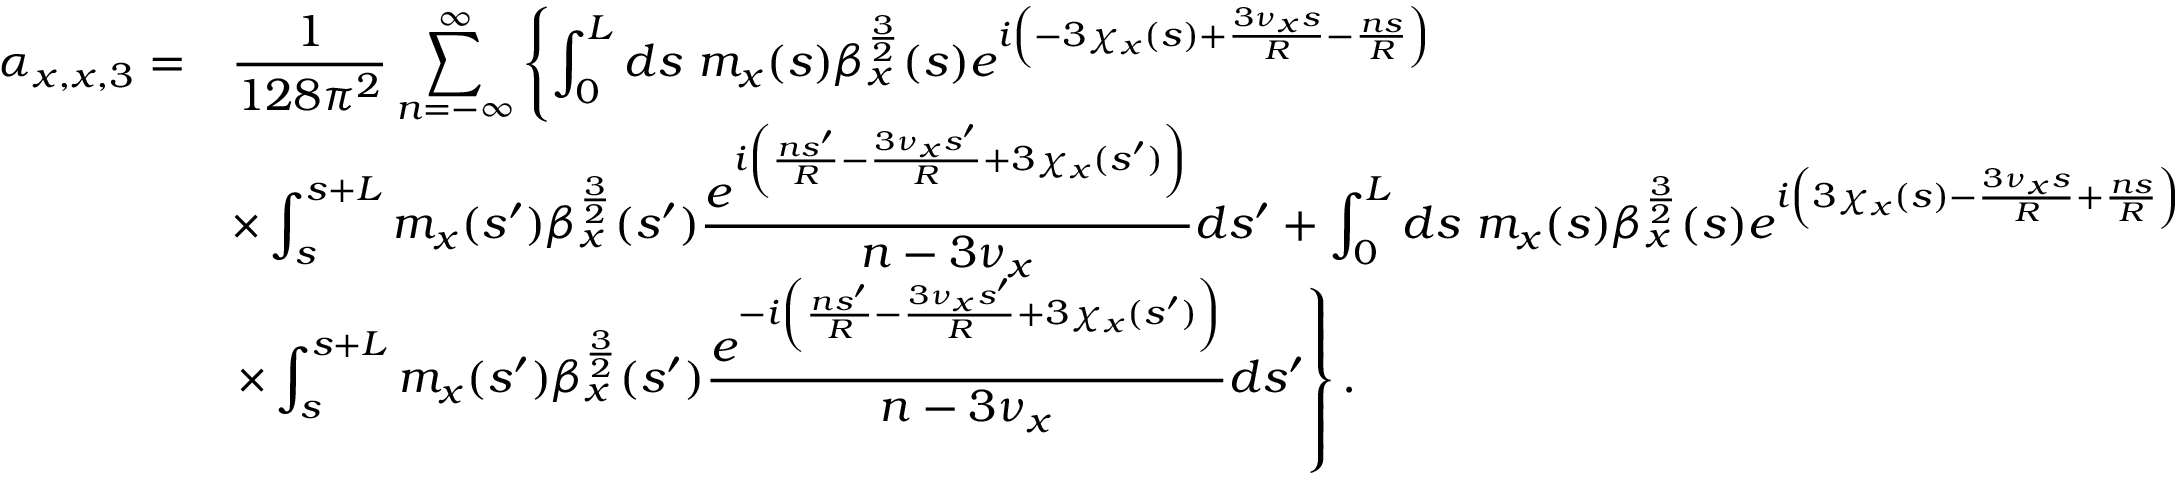
\begin{array} { c l } { \alpha _ { x , x , 3 } = } & { \displaystyle \frac { 1 } { 1 2 8 \pi ^ { 2 } } \displaystyle \sum _ { n = - \infty } ^ { \infty } \left\{ \int _ { 0 } ^ { L } { d s \ m _ { x } ( s ) \beta _ { x } ^ { \frac { 3 } { 2 } } ( s ) e ^ { i \left( - 3 \chi _ { x } ( s ) + \frac { 3 \nu _ { x } s } { R } - \frac { n s } { R } \right) } } \right. } \\ & { \displaystyle \times \int _ { s } ^ { s + L } { m _ { x } ( s ^ { \prime } ) \beta _ { x } ^ { \frac { 3 } { 2 } } ( s ^ { \prime } ) \frac { e ^ { i \left( \frac { n s ^ { \prime } } { R } - \frac { 3 \nu _ { x } s ^ { \prime } } { R } + 3 \chi _ { x } ( s ^ { \prime } ) \right) } } { n - 3 \nu _ { x } } d s ^ { \prime } } + \int _ { 0 } ^ { L } { d s \ m _ { x } ( s ) \beta _ { x } ^ { \frac { 3 } { 2 } } ( s ) e ^ { i \left( 3 \chi _ { x } ( s ) - \frac { 3 \nu _ { x } s } { R } + \frac { n s } { R } \right) } } } \\ & { \displaystyle \left. \times \int _ { s } ^ { s + L } m _ { x } ( s ^ { \prime } ) \beta _ { x } ^ { \frac { 3 } { 2 } } ( s ^ { \prime } ) \frac { e ^ { - i \left( \frac { n s ^ { \prime } } { R } - \frac { 3 \nu _ { x } s ^ { \prime } } { R } + 3 \chi _ { x } ( s ^ { \prime } ) \right) } } { n - 3 \nu _ { x } } d s ^ { \prime } \right\} . } \end{array}